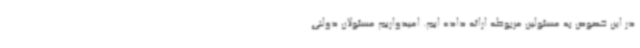
در این خصوص به مسئولین مربوطه ارائه داده ایم. امیدواریم مسئولان دولتی